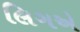
લિગએ